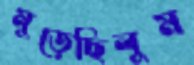
মুড়েছিলুম